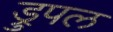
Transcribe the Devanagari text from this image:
ड्रुपल